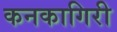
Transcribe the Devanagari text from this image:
कनकागिरी